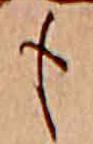
も